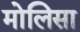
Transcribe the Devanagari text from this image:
मोलिसा